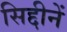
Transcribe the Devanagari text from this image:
सिद्दीनें